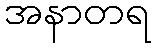
အနာတရ